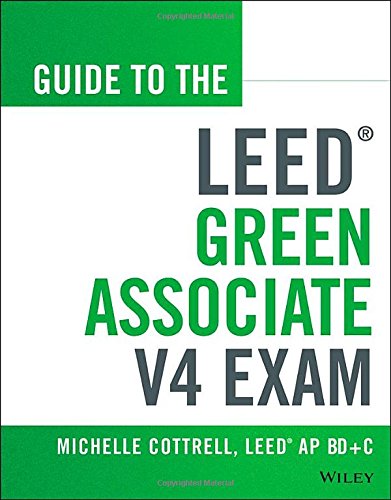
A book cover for Guide to the LEED Green Associate V4 Exam (Wiley Series in Sustainable Design); Michelle Cottrell; Arts & Photography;